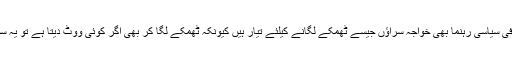
ویسے آجکل کافی سیاسی رہنما بھی خواجہ سراﺅں جیسے ٹھمکے لگانے کیلئے تیار ہیں کیونکہ ٹھمکے لگا کر بھی اگر کوئی ووٹ دیتا ہے تو یہ سودا مہنگا نہیں ۔